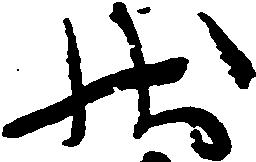
状